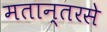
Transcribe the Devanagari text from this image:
मतान्तरसे